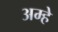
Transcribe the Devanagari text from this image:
अम्हे